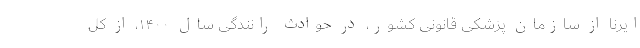
ایرنا از سازمان پزشکی قانونی کشور، در حوادث رانندگی سال ۱۴۰۰، از کل